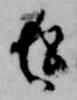
返